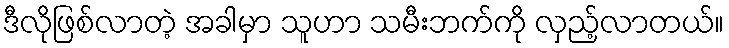
ဒီလိုဖြစ်လာတဲ့ အခါမှာ သူဟာ သမီးဘက်ကို လှည့်လာတယ်။